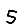
Digit: 5